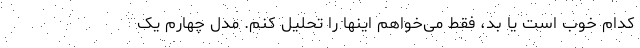
کدام خوب است یا بد، فقط می‌خواهم اینها را تحلیل کنم. مدل چهارم یک